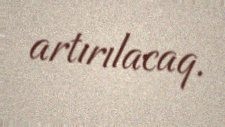
artırılacaq.